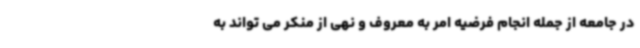
در جامعه از جمله انجام فرضیه امر به معروف و نهی از منکر می تواند به